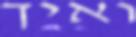
ואיך